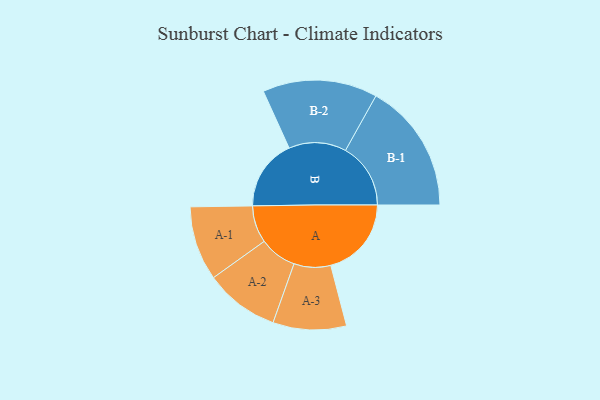
{"axis": {"x": "Segment", "y": "Value"}, "legend": ["", "A", "B"], "data": [{"x": "A", "y": 312, "type": ""}, {"x": "B", "y": 275, "type": ""}, {"x": "A-1", "y": 144, "type": "A"}, {"x": "A-2", "y": 144, "type": "A"}, {"x": "A-3", "y": 142, "type": "A"}, {"x": "B-1", "y": 252, "type": "B"}, {"x": "B-2", "y": 222, "type": "B"}]}